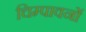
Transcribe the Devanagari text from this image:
चिम्पावनों